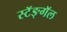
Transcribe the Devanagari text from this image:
स्टॅङ्गॅल